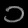
Digit: ၁